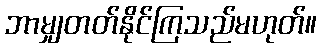
ဘာမျှတတ်နိုင်ကြသည်မဟုတ်။